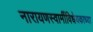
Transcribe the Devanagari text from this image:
नारायणस्वामींविधेयकाच्या